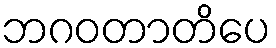
ဘဂဝတာတိပေ